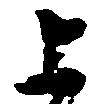
上